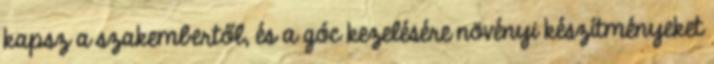
kapsz a szakembertől, és a góc kezelésére növényi készítményeket